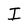
Character: I